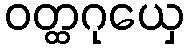
ဝတ္ထဂုယှေ